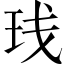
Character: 𬍙